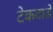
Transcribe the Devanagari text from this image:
टेकवाडे